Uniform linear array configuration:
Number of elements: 4
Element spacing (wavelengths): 0.25
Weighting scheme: binomial
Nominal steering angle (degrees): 15
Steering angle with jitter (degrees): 13.254
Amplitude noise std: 0.05
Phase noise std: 0.05

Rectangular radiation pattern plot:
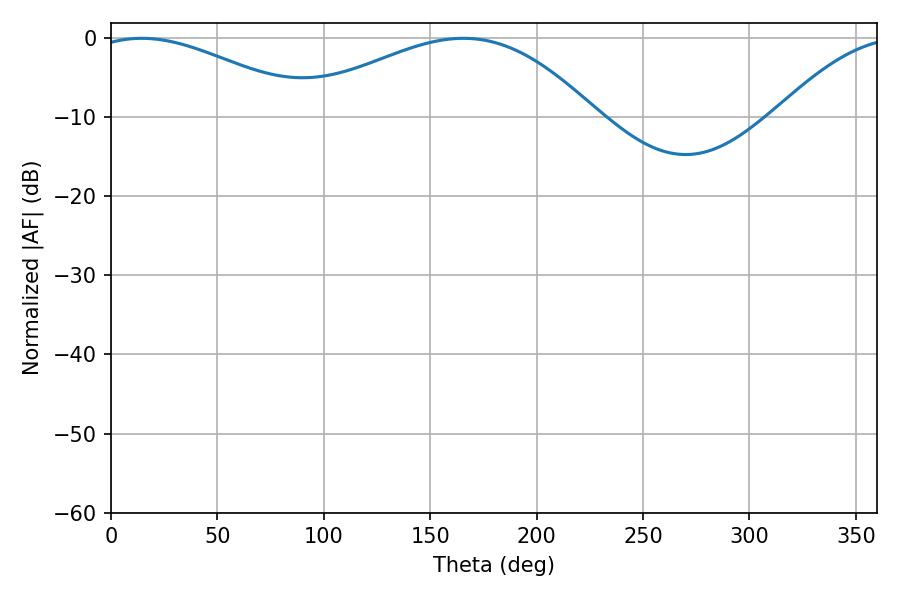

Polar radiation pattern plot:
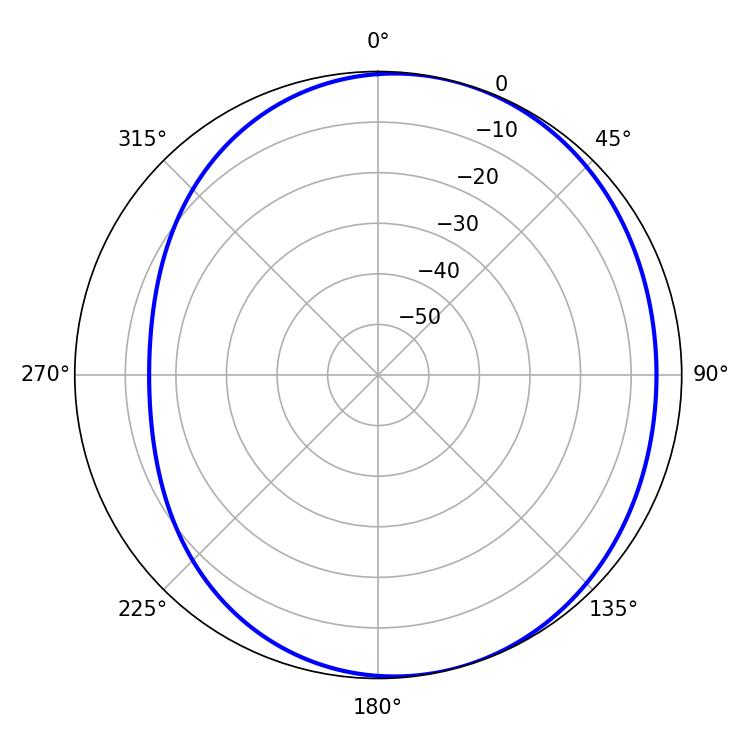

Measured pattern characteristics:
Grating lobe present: FALSE
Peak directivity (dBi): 3.975
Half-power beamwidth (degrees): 57.24
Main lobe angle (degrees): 14.4